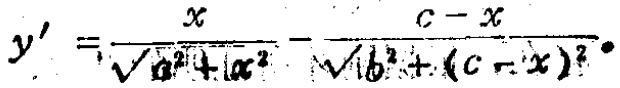
\[y'=\frac{x}{\sqrt{a^{2}+x^{2}}}-\frac{c - x}{\sqrt{b^{2}+(c - x)^{2}}}\]